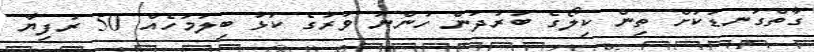
ގާތްގަނޑަކަށް ތިން ކިލޯގެ ބަރުދަން ހުންނަ ވަރުގެ ކަޅު ބިލަމަހެއް 50 ރުފިޔާ